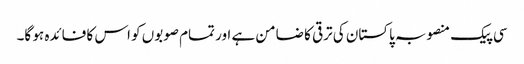
سی پیک منصوبہ پاکستان کی ترقی کا ضامن ہے اور تمام صوبوں کو اس کا فائدہ ہو گا۔